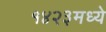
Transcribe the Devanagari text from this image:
१४२३मध्ये